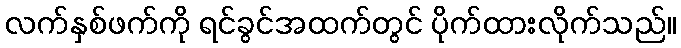
လက်နှစ်ဖက်ကို ရင်ခွင်အထက်တွင် ပိုက်ထားလိုက်သည်။